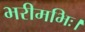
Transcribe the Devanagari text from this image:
भरीमभिः।